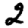
Digit: 2